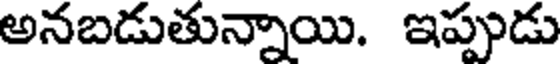
అనబడుతున్నాయి. ఇప్పుడు